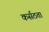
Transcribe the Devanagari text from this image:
कर्सठता